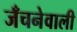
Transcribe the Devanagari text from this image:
जँचनेवाली